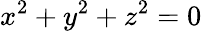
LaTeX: x^{2}+y^{2}+z^{2}=0